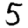
Digit: 5